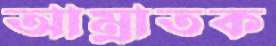
আম্রাতক